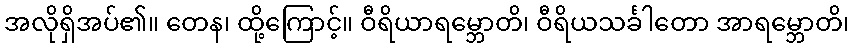
အလိုရှိအပ်၏။ တေန၊ ထို့ကြောင့်။ ဝီရိယာရမ္ဘောတိ၊ ဝီရိယသင်္ခါတော အာရမ္ဘောတိ၊